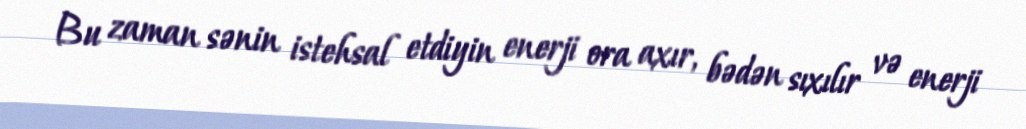
Bu zaman sənin istehsal etdiyin enerji ora axır, bədən sıxılır və enerji